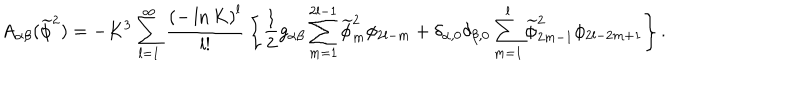
LaTeX: A _ { \alpha \beta } ( \widetilde \phi ^ { 2 } ) = - K ^ { 3 } \sum _ { l = 1 } ^ { \infty } { \frac { { \left( { - \ln K } \right) ^ { l } } } { { l ! } } } \left\{ { \frac { 1 } { 2 } g _ { \alpha \beta } \sum _ { m = 1 } ^ { 2 l - 1 } { \widetilde \phi _ { m } ^ { 2 } } \phi _ { 2 l - m } + \delta _ { \alpha , 0 } \delta _ { \beta , 0 } \sum _ { m = 1 } ^ { l } { \widetilde \phi _ { 2 m - 1 } ^ { 2 } \phi _ { 2 l - 2 m + 1 } } } \right\} .